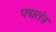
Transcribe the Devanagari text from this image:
पद्मतंत्र